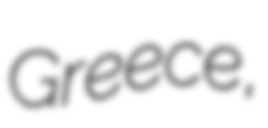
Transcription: Greece,